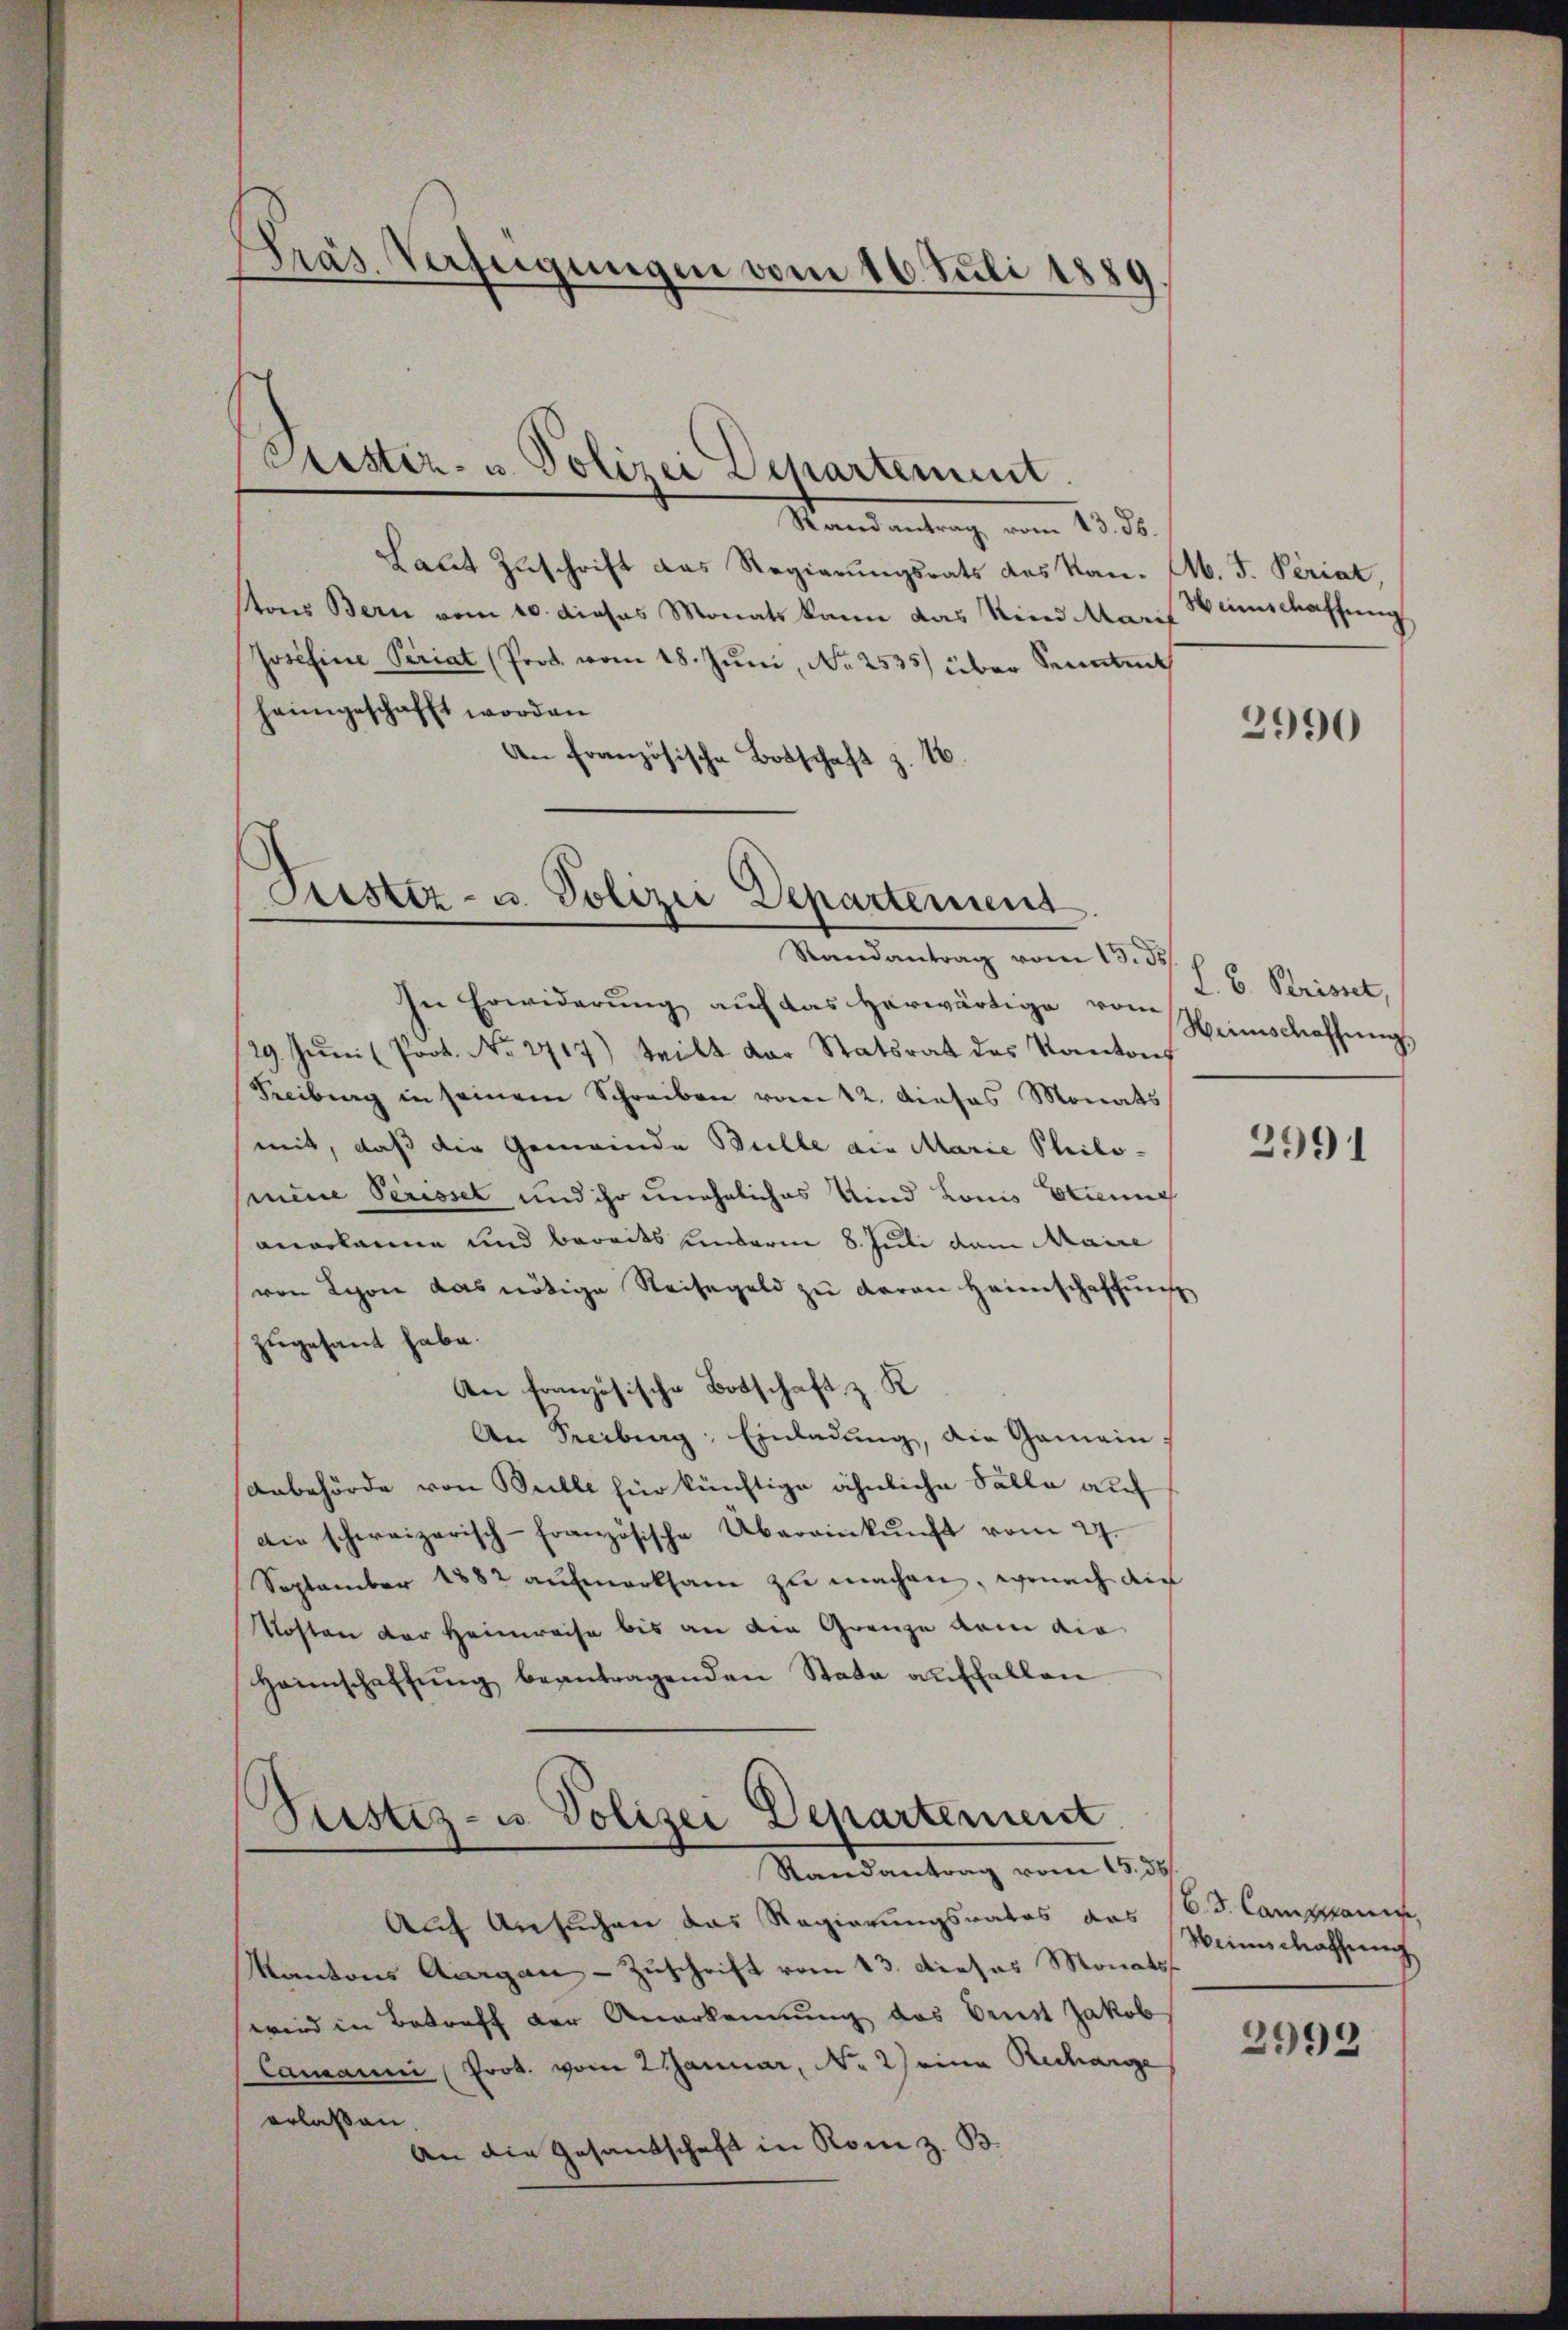
Präs. Verfeigungen vom 16. Juli 1880

Kister- u Polizei Departement.

Stand antrag vom 18. d.
Laut Zuschrift das Regierungsrats des Kan. M. J. Periat,
tons Bern vom 10. dieses Monats kann das Kind Maris Wunschaffung
Josefine Periat (Prot. vom 18. Juni, No 2535) über Senatent
heimgeschafft worden
An französische Botschaft z. 16.

Prister- u. Polizei Departement
Randantrag vom 13. ds

In Erwiderung auf das herwärtige vom
29. Jŭni (Prot. Nr. 2717) teilt der Statsrat des Kantons
Freiburg in seinem Schreiben vom 12. Dieses Monats
mit, daß die Gemeinde Bulle die Marie Philo-
mmine Perisset und ihr uneheliches Und Louis Brinung
anerkanne und bereits anderm 8. Juli dem Maire
von Schon das nötige Reisegeld zu daran Heimschaffŭng
zugesamt habe.
An französische Botschaft z. K
An Freiburg: Einladung, die Gemein:
Anbehörde von Bulle für künftige ähnliche Fälle auf
die schweizerisch-französische Übereinkŭnft vom 27.
September 1882 aufmerksam zu machen, wonach die
Kosten der Heimreise bis an die Grenze kam die
Heimschaffung beantragenden Stata auffallen
Pustiz- u. Polizei Departement
Randantrag vom 15. 35
Auf Ansuchen das Regierungsrates das (od. Campanis
Kantons Aargau - Zuschrift vom 13. dieses Monato
wird in Betreff der Anerkennung des Erst Jakob
Camanni (Prot. vom 2 Januar, No 2) eine Recharge
erlaßen.
An die Gesandschaft in Rom z. B.

2990

L. B. Perisset,
Weinschaffung,

2991

Weinschaffung

2992